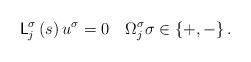
LaTeX: \begin{align*}\mathsf{L}_{j}^{\sigma}\left( s\right) u^{\sigma}=0\quad\Omega_{j}^{\sigma}\sigma\in\left\{ +,-\right\} .\end{align*}